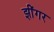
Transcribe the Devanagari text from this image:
झींगर